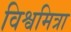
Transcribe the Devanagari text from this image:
विश्वमित्रा